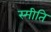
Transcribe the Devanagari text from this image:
स्मीति